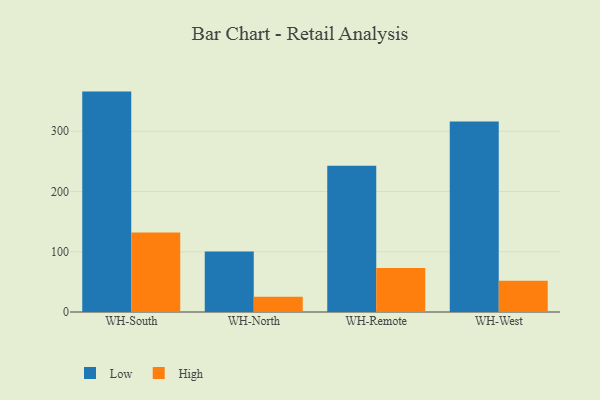
{"axis": {"x": "Warehouse", "y": "LTV (USD)"}, "legend": ["High", "Low"], "data": [{"x": "WH-South", "y": 365.8, "type": "Low"}, {"x": "WH-South", "y": 131.9, "type": "High"}, {"x": "WH-North", "y": 100.6, "type": "Low"}, {"x": "WH-North", "y": 25.3, "type": "High"}, {"x": "WH-Remote", "y": 242.6, "type": "Low"}, {"x": "WH-Remote", "y": 73.0, "type": "High"}, {"x": "WH-West", "y": 316.1, "type": "Low"}, {"x": "WH-West", "y": 52.0, "type": "High"}]}